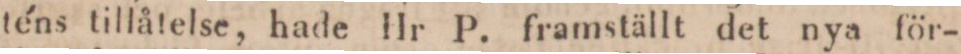
téns tillåtelse, hade Hr P. framställt det nya för-